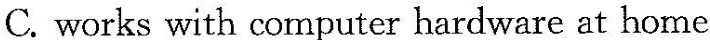
C.works with computer hardware at home